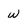
Character: w